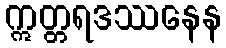
ဣတ္တရဒဿနေန